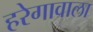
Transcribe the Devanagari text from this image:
हरेगावाला